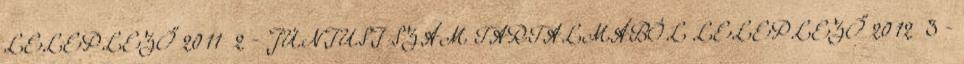
LELEPLEZŐ 2011 2 - JÚNIUSI SZÁM TARTALMÁBÓL LELEPLEZŐ 2012 3 -